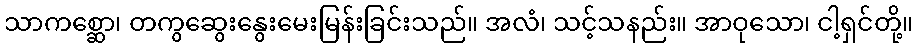
သာကစ္ဆော၊ တကွဆွေးနွေးမေးမြန်းခြင်းသည်။ အလံ၊ သင့်သနည်း။ အာဝုသော၊ ငါ့ရှင်တို့။